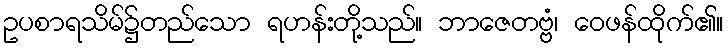
ဥပစာရသိမ်၌တည်သော ရဟန်းတို့သည်။ ဘာဇေတဗ္ဗံ၊ ဝေဖန်ထိုက်၏။